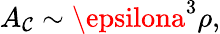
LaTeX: A_{\mathcal{C}}\sim\epsilona^{3}\rho,